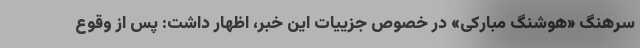
سرهنگ «هوشنگ مبارکی» در خصوص جزییات این خبر، اظهار داشت: پس از وقوع